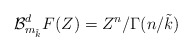
\begin{align*}\mathcal{B}_{m_{\tilde{k}}}^{d}F(Z) = Z^{n}/\Gamma(n/\tilde{k}) \end{align*}